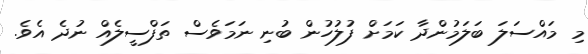
މި މައްސަލަ ބަލަމުންދާ ކަމަށް ފުލުހުން ބުނި ނަމަވެސް ތަފްސީލެއް ނުދެ އެވެ.